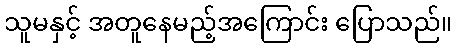
သူမနှင့် အတူနေမည့်အကြောင်း ပြောသည်။